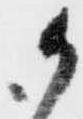
御